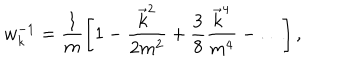
w _ { k } ^ { - 1 } = \frac 1 m \left[ 1 - \frac { \vec { k } ^ { 2 } } { 2 m ^ { 2 } } + \frac 3 8 \frac { \vec { k } ^ { 4 } } { m ^ { 4 } } - \ldots \right] ,